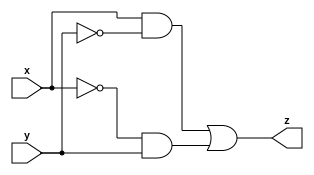
`timescale 1ns / 1ps
//////////////////////////////////////////////////////////////////////////////////
// Company: 
// Engineer: 
// 
// Design Name: 
// Module Name:    myxor 
// Project Name: 
// Target Devices: 
// Tool versions: 
// Description: 
//
// Dependencies: 
//
// Revision: 
// Revision 0.01 - File Created
// Additional Comments: Authored by Mainak Chaudhuri
//
//////////////////////////////////////////////////////////////////////////////////
module myxor(x, y, z
    );

   input x;
   input y;

   output z;
   wire z;
	
   assign z = (x & ~y) | (~x & y);

endmodule